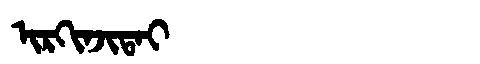
Manchu: ᡳᡵᡴᡳᠨᠵᡳᡨᠠᡳ
Romanization: IRKINJITAI